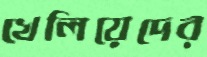
খেলিয়েদের